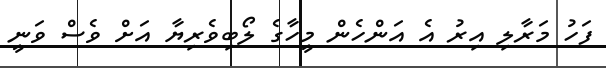
ފަހު މަރާލި އިރު އެ އަންހެން މީހާގެ ލޯބިވެރިޔާ އަށް ވެސް ވަނީ